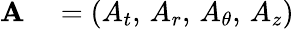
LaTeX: \begin{array}{rl}{\mathbf{A}}&{{}=(A_{t},\, A_{r},\, A_{\theta},\, A_{z})}\end{array}